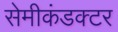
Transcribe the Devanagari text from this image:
सेमीकंडक्‍टर